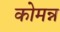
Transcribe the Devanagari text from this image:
कोमन्न